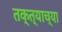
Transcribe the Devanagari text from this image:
तक्त्याच्या